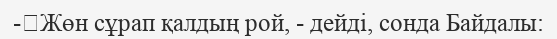
-	Жөн сұрап қалдың рой, - дейді, сонда Байдалы: